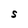
Character: S